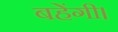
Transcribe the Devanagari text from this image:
बहेंगी।